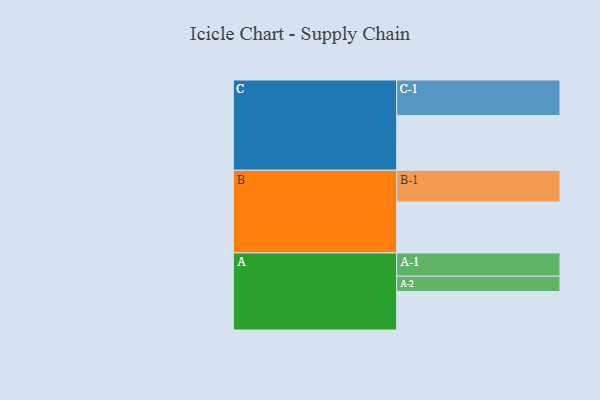
{"axis": {"x": "Segment", "y": "Value"}, "legend": ["", "A", "B", "C"], "data": [{"x": "A", "y": 301, "type": ""}, {"x": "B", "y": 398, "type": ""}, {"x": "C", "y": 428, "type": ""}, {"x": "A-1", "y": 182, "type": "A"}, {"x": "A-2", "y": 119, "type": "A"}, {"x": "B-1", "y": 248, "type": "B"}, {"x": "C-1", "y": 277, "type": "C"}]}